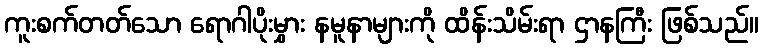
ကူးစက်တတ်သော ရောဂါပိုးမွှား နမူနာများကို ထိန်းသိမ်းရာ ဌာနကြီး ဖြစ်သည်။